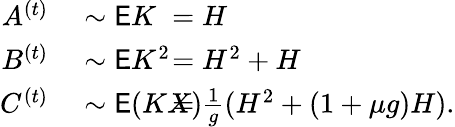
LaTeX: \begin{array}{rlrl}{A^{(t)}}&{{}\sim\mathsf EK}&{}&{{}\! \! \! \! \! \! \! \! \! \! \! \! \! \! \! \! \! \! \! \! =H}\\ {B^{(t)}}&{{}\sim\mathsf EK^{2}}&{}&{{}\! \! \! \! \! \! \! \! \! \! \! \! \! \! \! \! \! \! \! \! =H^{2}+H}\\ {C^{(t)}}&{{}\sim\mathsf E(KX)}&{}&{{}\! \! \! \! \! \! \! \! \! \! \! \! \! \! \! \! \! \! \! \! =\frac{1}{g}(H^{2}+(1+\mu g)H).}\end{array}